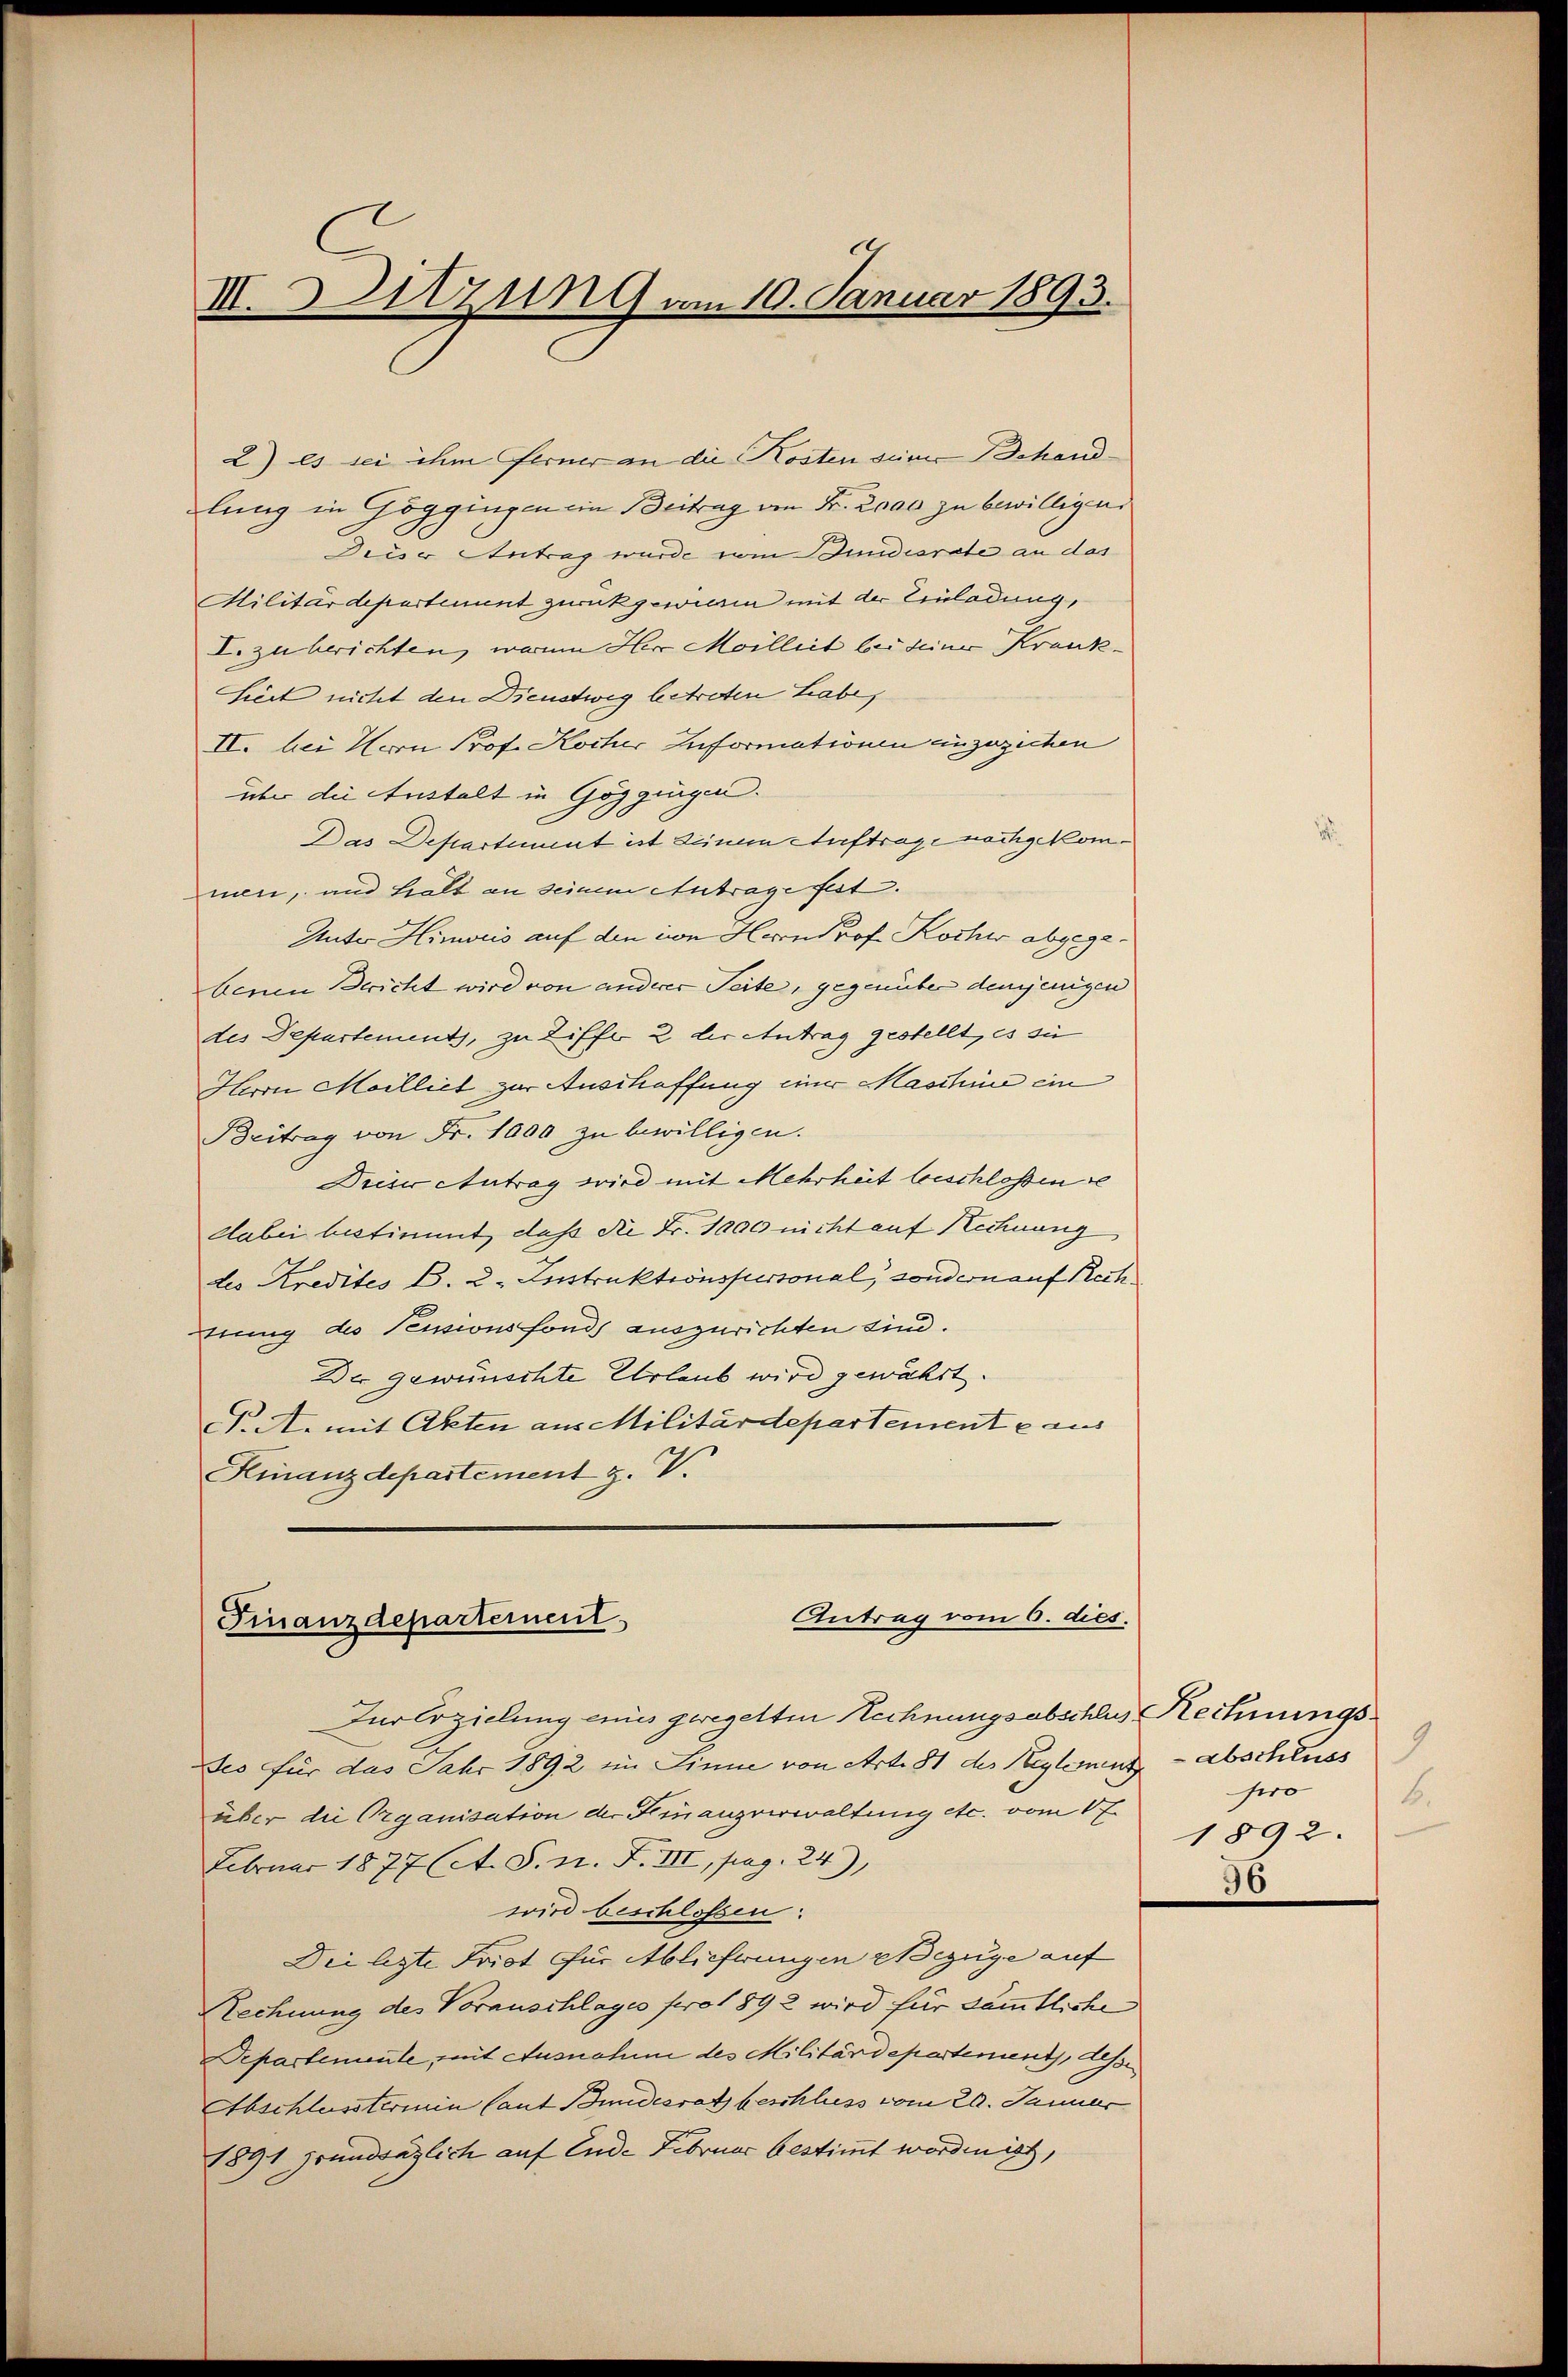
.
III. Sitzung am 10. Januar 1893.

2) es sei ihm ferner an die Kosten seiner Behandlung in Göggingen ein Beitrag von Fr. 2000 zu bewilligen
Diese Antrag wurde vom Dundesrate an das
Militärdepartement zurückgewiesen mit der Einladung,
I. zu berichten, warm Herr Meilleit bei seiner Krank¬
Siert nicht den Dienstweg betreten Labe,
II. bei Horn Prof. Kocher Informationen anzuziehen
über die Anstalt in Göggingen.
Das Departement ist Deinen Auftrage nachgekommen, und halt an seinem Antrage fest.
Unter Hinweis auf den in Herrn Prof. Kocher abgegebenen Bericht wird von anderer Seite, gegenüber demjenigen
des Departement, zu Ziffer 2 der Antrag gestellt, es sie
Herrn Mailliet zur Anschaffung einer Maschine ein
Beitrag von Fr. 1000 zu bewilligen.
Dieser Antrag wird mit Mehrheit beschlossen
dabei bestimmt, daß die Fr. 1000 nicht auf Rechnung
des Kredites B. 2. Instruktionspersonal, sondern auf Rech
nung des Tessionsfonds auszurichten sind.
Der gewünschte Urlaub wird gewährt.
J. A. mit Akten aus Militärdepartemente aus
Kinanzdepartement z. V.

Antrag vom 6. dies
Finanzdepartement

Iurlozielung eines geregelten Rechnungsabschlus Rechnungs¬
Des für das Jahr 1892 im Sinne von Art. 81 des Reglernen Abschluss
über die Organisation der Finanzverwaltung etc. vom 1 f
Februar 1877 (et. S. n. F. III, pag. 24)
wird beschlossen:
Die lezte Frist für Ablieferungen Bezuge auf
Rechnung des Vorauschlages pro 1892 wird für sämmtlichen
Departemente, mit Ausnahme des Militärdepartement, dess
Abschlusstermin Caut Bundesrath beschluss vom 20. Januar
1891 Grundsäglich auf Ende Februar bestimmt worden ist,

sero
6.
1892.

96